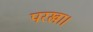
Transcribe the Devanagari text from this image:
परखा।